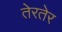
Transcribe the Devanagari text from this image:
तेरतेर